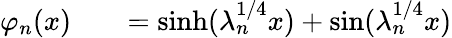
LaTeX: \begin{array}{rlr}{\varphi_{n}(x)}&{{}}&{=\sinh(\lambda_{n}^{1/4}x)+\sin(\lambda_{n}^{1/4}x)}\end{array}